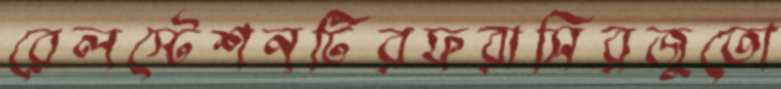
রেলস্টেশনটিরফরাসিরজুতো